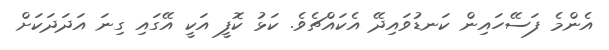
އެންމެ ފަސޭހައިން ކަނޑުވައިދޭ އެކައްޗެވެ. ކަޅު ކޮފީ އަކީ އޭގައި ގިނަ އަދަދަކަށް